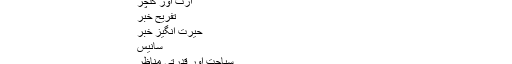
ذرائع کے مطابق24 گھنٹے کے دوران لاہور میں کورونا…
ٹوئٹر اکاوُنٹ
Tweets by @@PPPlsVoice
آرٹ اور کلچر
تفریح خبر
حیرت انگیز خبر
سانیس
سیاحت اور قدرتی مناظر
صحت و فٹنس
مذہبی ہم آہنگی
ٹیکنالوجی اورسانیس